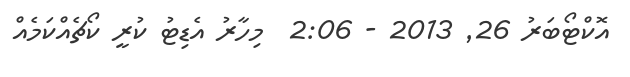
އޮކްޓޯބަރު 26